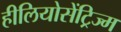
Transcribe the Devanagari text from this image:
हीलियोसेंट्रिज्म